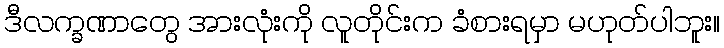
ဒီလက္ခဏာတွေ အားလုံးကို လူတိုင်းက ခံစားရမှာ မဟုတ်ပါဘူး။